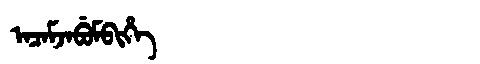
Manchu: ᠠᠴᠠᠮᠵᠠᠪᡠᠮᠪᡳᡥᡝ
Romanization: ACAMJABUMBIHE